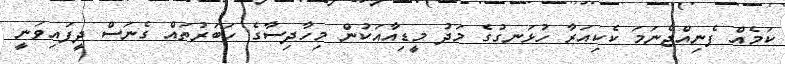
ކަމެއް ފެނިއްޖެނަމަ ކެކިއަރާ ހުޅަނގުގެ މަދު މީޑިއާއަކުން މިހާދިސާގެ ހަބަރުތައް ގެނަސް ދީފައިވަނީ